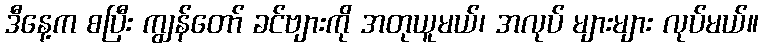
ဒီနေ့က စပြီး ကျွန်တော် ခင်ဗျားကို အတုယူမယ်၊ အလုပ် များများ လုပ်မယ်။